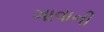
ગાવાની